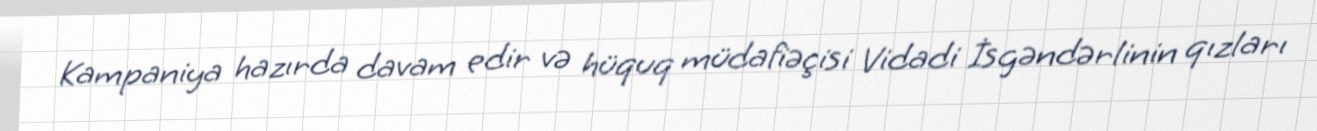
Kampaniya hazırda davam edir və hüquq müdafiəçisi Vidadi İsgəndərlinin qızları